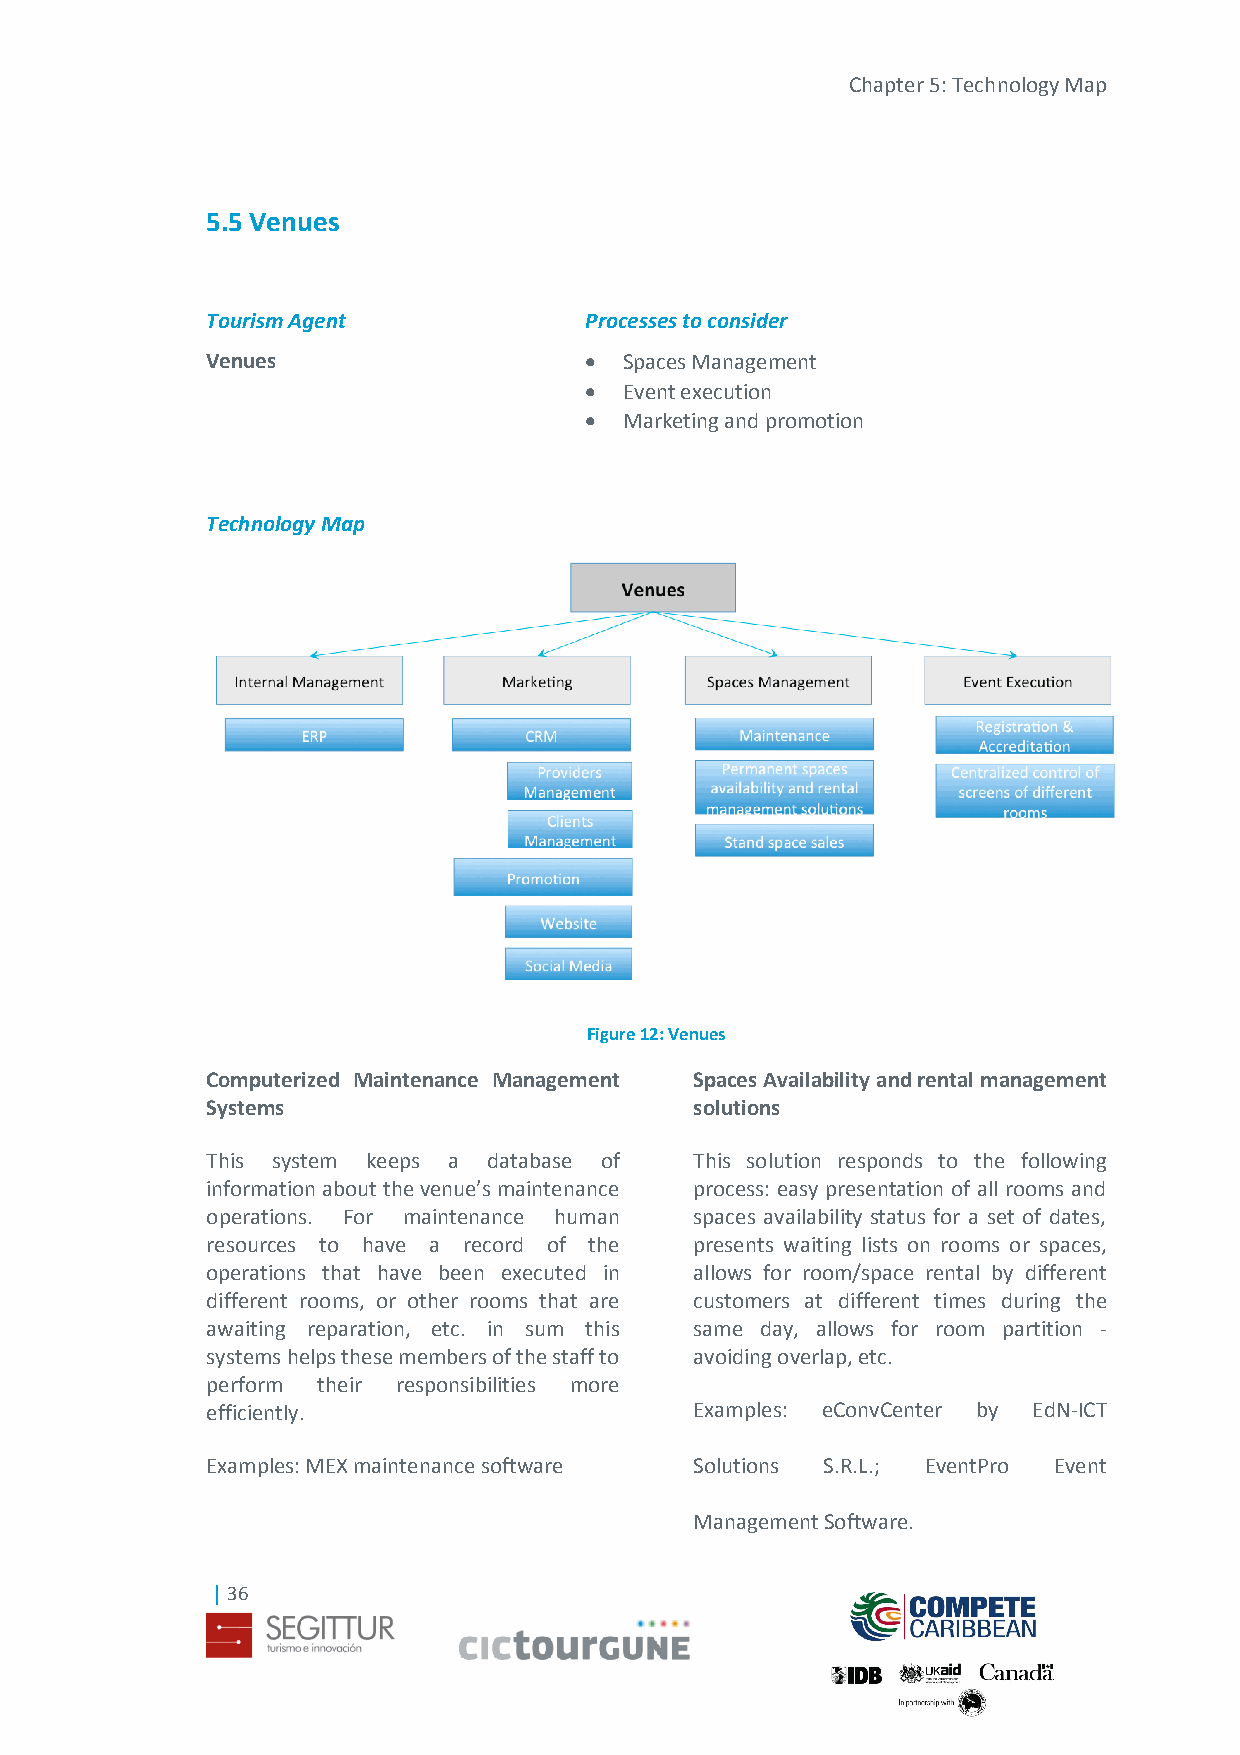
Chapter 5: Technology Map
 5.5 Venues
 Tourism Agent            Processes to consider
 Venues                    Spaces Management
  Event execution
  Marketing and promotion
 Technology Map
 Figure 12: Venues
 Computerized Maintenance Management Spaces Availability and rental management
 Systems                         solutions
 This system keeps a database of This solution responds to the following
 information about the venue’s maintenance process: easy presentation of all rooms and
 operations. For maintenance human spaces availability status for a set of dates,
 resources to have a record of the presents waiting lists on rooms or spaces,
 operations that have been executed in allows for room/space rental by different
 different rooms, or other rooms that are customers at different times during the
 awaiting reparation, etc. in sum this same day, allows for room partition -
 systems helps these members of the staff to avoiding overlap, etc.
 perform their responsibilities more
 efficiently.                    Examples: eConvCenter by EdN-ICT
 Examples: MEX maintenance software Solutions S.R.L.; EventPro Event
 Management Software.
 | 36